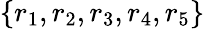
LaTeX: \{ r_{1},r_{2},r_{3},r_{4},r_{5}\}